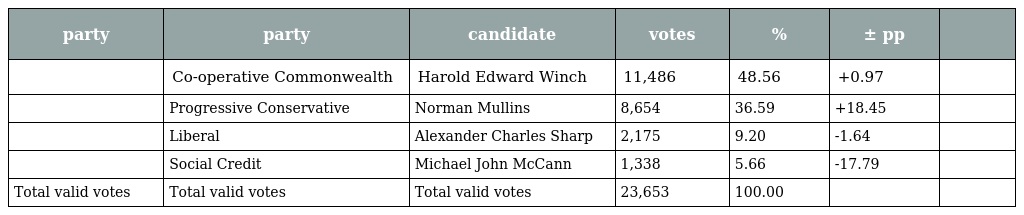
| party | party | candidate | votes | % | ± pp |  |
 | --- | --- | --- | --- | --- | --- | --- |
 |  | Co-operative Commonwealth | Harold Edward Winch | 11,486 | 48.56 | +0.97 |  |
 |  | Progressive Conservative | Norman Mullins | 8,654 | 36.59 | +18.45 |  |
 |  | Liberal | Alexander Charles Sharp | 2,175 | 9.20 | -1.64 |  |
 |  | Social Credit | Michael John McCann | 1,338 | 5.66 | -17.79 |  |
 | Total valid votes | Total valid votes | Total valid votes | 23,653 | 100.00 |  |  |